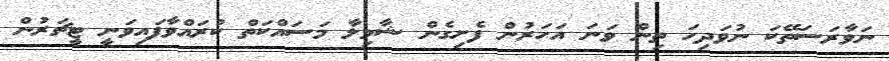
ނަވާރަސަތޭކަ ނުވަދިހަ ތިން ވަނަ އަހަރުން ފެށިގެން ޝާމިލާ މަސައްކަތް ކުރައްވާފައިވަނީ ޓީޗަރުން